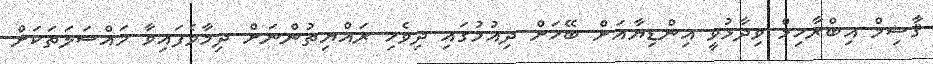
ޤާސިމް އިބްރާހިމް ވިދާޅުވީ އިންޑިޔާއަށް ބޭހަށް ދިއުމުގައި ދިވެހި ރައްޔިތުންނަށް ދިމާވެފައިވާ މައްސަލަތަކަށް